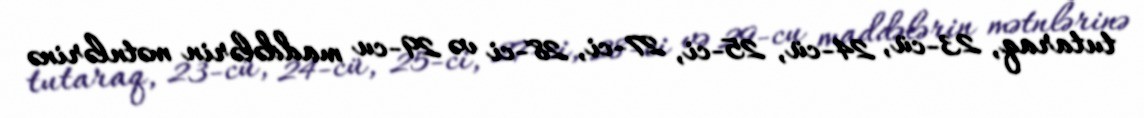
tutaraq, 23-cü, 24-cü, 25-ci, 27-ci, 28-ci və 29-cu maddələrin mətnlərinə